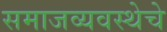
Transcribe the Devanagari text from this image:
समाजव्‍यवस्‍थेचे